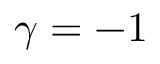
\gamma = - 1